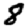
Digit: 8